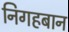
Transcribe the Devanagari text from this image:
निगहबान